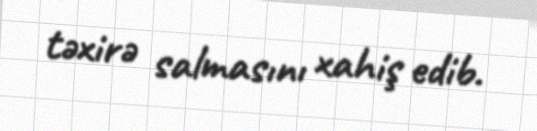
təxirə salmasını xahiş edib.